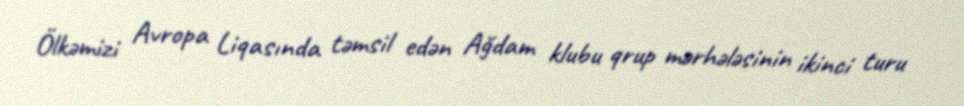
Ölkəmizi Avropa Liqasında təmsil edən Ağdam klubu qrup mərhələsinin ikinci turu